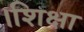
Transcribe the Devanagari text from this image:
।शिक्षा